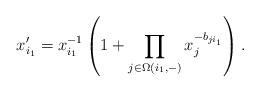
LaTeX: \begin{align*}x_{i_1}' = x_{i_1}^{-1}\left(1 + \prod_{j\in \Omega(i_1,-)} x_j^{-b_{ji_1}} \right).\end{align*}